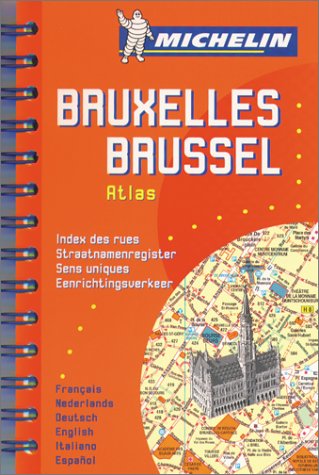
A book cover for Michelin Brussels Mini-Spiral Atlas No. 2044 (Michelin Maps & Atlases); Michelin Travel Publications; Travel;